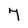
Character: 7